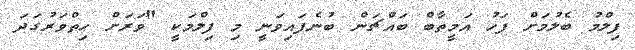
ފިލްމު ބެލުމަށް ފަހު އަމީތާބް ބައްޗަން ބުނެފައިވަނީ މި ފިލްމަކީ "ވަރަށް ހިތްވަރުގަދަ